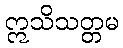
ဣသိသတ္တမ